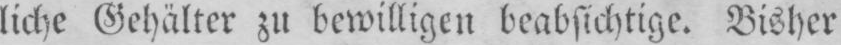
liche Gehälter zu bewilligen beabsichtige. Bisher